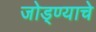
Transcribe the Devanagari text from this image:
जोड्ण्याचे